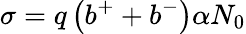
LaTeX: \sigma=q\left(b^{+}+b^{-}\right)\alpha N_{0}